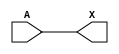
/*
 * Copyright 2020 The SkyWater PDK Authors
 *
 * Licensed under the Apache License, Version 2.0 (the "License");
 * you may not use this file except in compliance with the License.
 * You may obtain a copy of the License at
 *
 *     https://www.apache.org/licenses/LICENSE-2.0
 *
 * Unless required by applicable law or agreed to in writing, software
 * distributed under the License is distributed on an "AS IS" BASIS,
 * WITHOUT WARRANTIES OR CONDITIONS OF ANY KIND, either express or implied.
 * See the License for the specific language governing permissions and
 * limitations under the License.
 *
 * SPDX-License-Identifier: Apache-2.0
*/


`ifndef SKY130_FD_SC_LP__CLKBUFLP_FUNCTIONAL_V
`define SKY130_FD_SC_LP__CLKBUFLP_FUNCTIONAL_V

/**
 * clkbuflp: Clock tree buffer, Low Power.
 *
 * Verilog simulation functional model.
 */

`timescale 1ns / 1ps
`default_nettype none

`celldefine
module sky130_fd_sc_lp__clkbuflp (
    X,
    A
);

    // Module ports
    output X;
    input  A;

    // Local signals
    wire buf0_out_X;

    //  Name  Output      Other arguments
    buf buf0 (buf0_out_X, A              );
    buf buf1 (X         , buf0_out_X     );

endmodule
`endcelldefine

`default_nettype wire
`endif  // SKY130_FD_SC_LP__CLKBUFLP_FUNCTIONAL_V